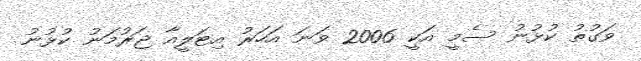
ވަގުތު ކުޅުނު ސެމީ އަކީ 2006 ވަނަ އަހަރު އިޓަލީއާ ޖަރުމަނު ކުޅުނު